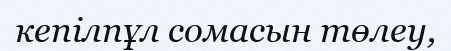
кепілпұл сомасын төлеу,